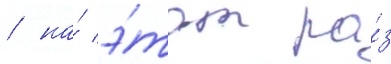
/ на́ э́тот ра́з